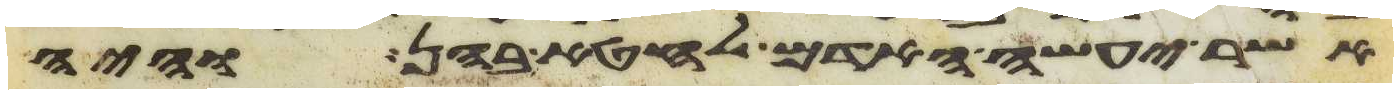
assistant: אשר יעשה האדם לחטא בהן והיה